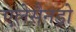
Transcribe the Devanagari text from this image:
एलेसैनड्रो